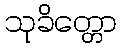
သုခိတ္တော